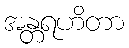
အန္တရဟိတာ